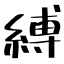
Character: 縛